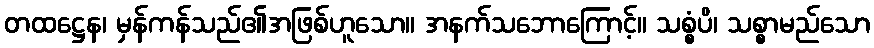
တထဋ္ဌေန၊ မှန်ကန်သည်၏အဖြစ်ဟူသော။ အနက်သဘောကြောင့်။ သစ္စံပိ၊ သစ္စာမည်သော